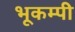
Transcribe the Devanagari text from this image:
भूकम्पी